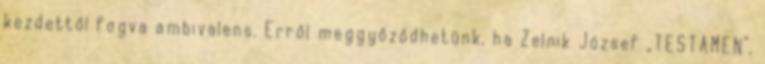
kezdettől fogva ambivalens. Erről meggyőződhetünk, ha Zelnik József „TESTAMEN”,